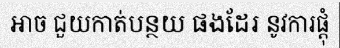
អាច ជួយកាត់បន្ថយ ផងដែរ នូវការផ្តុំ